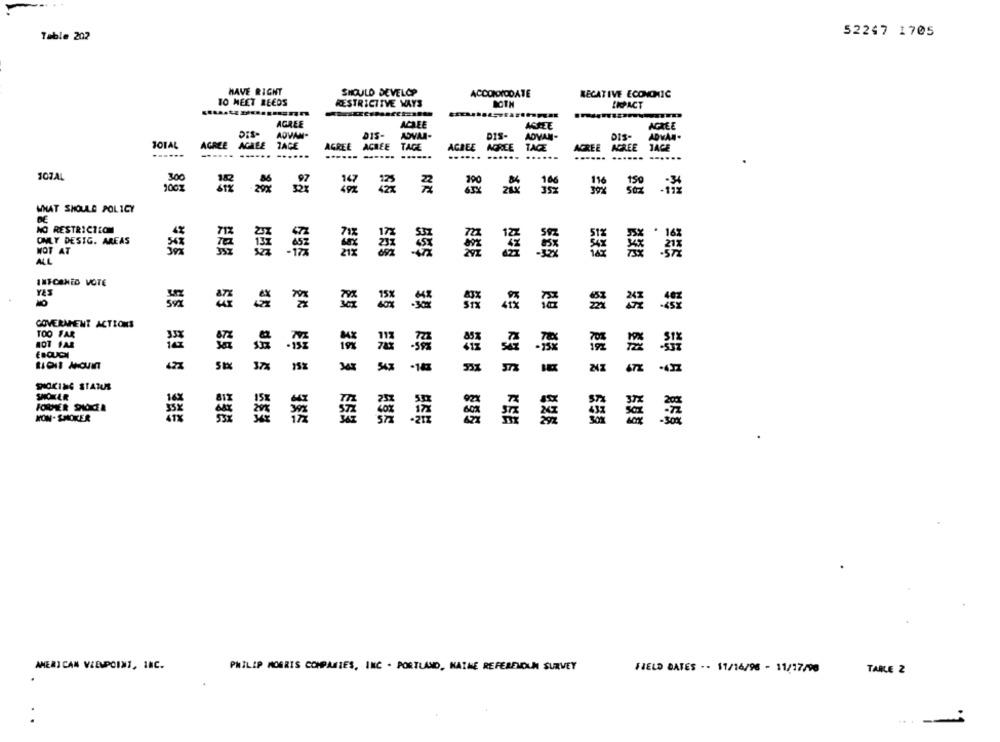
Table 202
52247 1705
HAVE RIGHT
SHOULD DEVELOP
ACCOMMODATE
RECATIVE ECONOMIC
TO MEET REEDS
RESTRICTIVE WAYS
IMPACT
AGREE
ACREE
AGREE
AGREE
ADVAN-
DIS-
DIS-
ADVAN-
DIS-
ADNAN
JOTAL
AGREE
AGREE
ZACE
AGREE
ACREE
TAGE
AGREE
AGREE
TAGE
AGREE AGREE
..... ......
...... ......
.....
......
......
....... ......
107AL
300
1005
WHAT SHOULD POLICY
NO RESTRICTION
OMLY DESIG. AREAS
MOT AT
ENE
ALL
INFORMED VOTE
COVERAMENT ACTIONS
TOO FAR
15%
DIOKING STATUS
SMOKER
WON - SHIOKER
AMERICAN VIEWPOINT, INC.
PHILIP MORRIS COMPANIES, INC . PORTLAND, NAINE REFERELOUN SURVEY
HELD DATES -- 11/16/98 - 11/17/90
TABLE 2
--